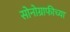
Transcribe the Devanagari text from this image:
सोनोग्राफीच्या